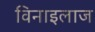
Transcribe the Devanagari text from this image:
विनाइलाज